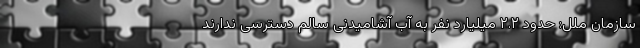
سازمان ملل: حدود ۲.۲ میلیارد نفر به آب آشامیدنی سالم دسترسی ندارند